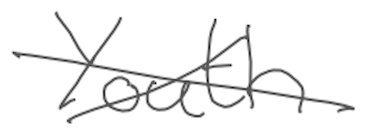
Text: Youth
Cross-out: cross
Writing tool: digital_gray